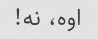
اوه، نه!